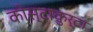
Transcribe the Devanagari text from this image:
कोस्टाकुर्टा